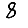
Digit: 8